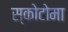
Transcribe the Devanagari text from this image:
स्कोटोमा